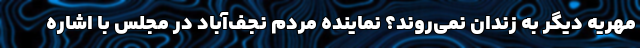
مهریه دیگر به زندان نمی‌روند؟ نماینده مردم نجف‌آباد در مجلس با اشاره